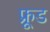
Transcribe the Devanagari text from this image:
फ्रूड